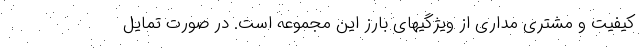
کیفیت و مشتری مداری از ویژگیهای بارز این مجموعه است. در صورت تمایل